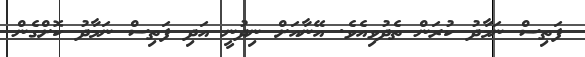
ފަތިސް ނަމާދު ކުރަން ތެދުވިއެވެ. އޭނާއަށް ނިދުނީ އަދި ފަތިސް ނަމާދު ކޮށްގެން